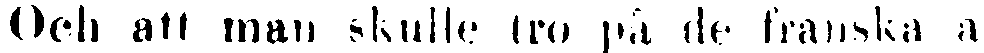
Och att man skulle tro på de franska a-